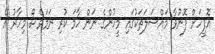
އޮފީހަށް ފޮނުވާ މައްސަލަތަކުގައި މީހުންގެ ނަން ހާމަ ކުރި ނަމަވެސް މިހާރު އެ